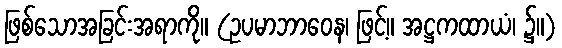
ဖြစ်သောအခြင်းအရာကို။ (ဥပမာဘာဝေန၊ ဖြင့်။ အဋ္ဌကထာယံ၊ ၌။)